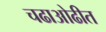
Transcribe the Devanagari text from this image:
चढाओढीत